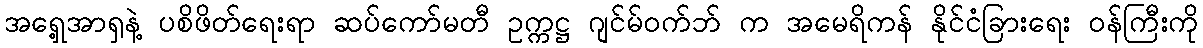
အရှေ့အာရှနဲ့ ပစိဖိတ်ရေးရာ ဆပ်ကော်မတီ ဥက္ကဋ္ဌ ဂျင်မ်ဝက်ဘ် က အမေရိကန် နိုင်ငံခြားရေး ဝန်ကြီးကို